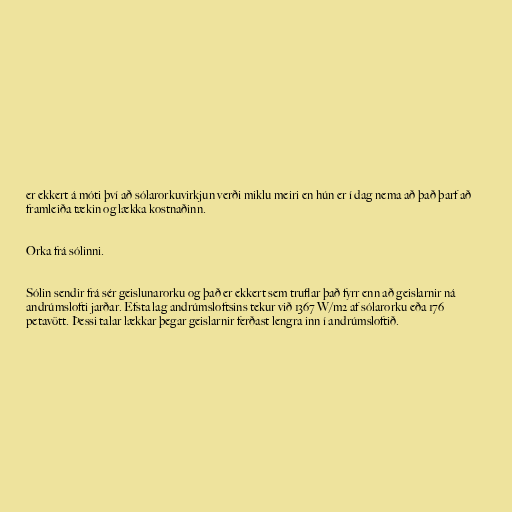
er ekkert á móti því að sólarorkuvirkjun verði miklu meiri en hún er í dag nema að það þarf að
framleiða tækin og lækka kostnaðinn.

Orka frá sólinni.

Sólin sendir frá sér geislunarorku og það er ekkert sem truflar það fyrr enn að geislarnir ná
andrúmslofti jarðar. Efsta lag andrúmsloftsins tekur við 1367 W/m2 af sólarorku eða 176
petavött. Þessi talar lækkar þegar geislarnir ferðast lengra inn í andrúmsloftið.